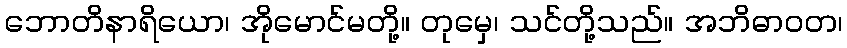
ဘောတိနာရိယော၊ အိုမောင်မတို့။ တုမှေ၊ သင်တို့သည်။ အဘိဓာဝတ၊